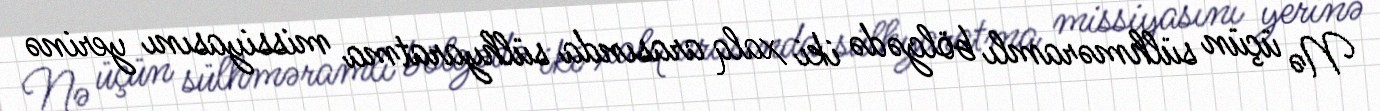
Nə üçün sülhməramlı bölgədə iki xalq arasında sülhyaratma missiyasını yerinə